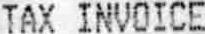
TAX INVOICE